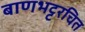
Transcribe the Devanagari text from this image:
बाणभट्टरचित